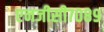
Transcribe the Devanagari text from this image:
एनजीसी७०८९